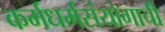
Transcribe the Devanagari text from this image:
कर्मधर्मसंयोगाची